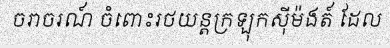
ចរាចរណ៍ ចំពោះរថយន្តក្រឡុកស៊ីម៉ងត៍ ដែល